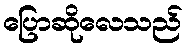
ပြောဆိုလေသည်